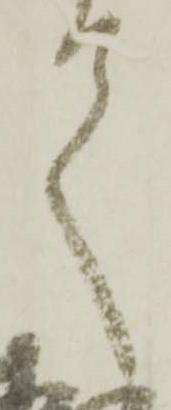
て